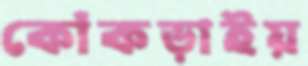
কোঁকড়াইয়